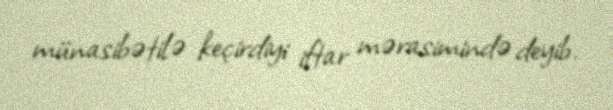
münasibətilə keçirdiyi iftar mərasimində deyib.